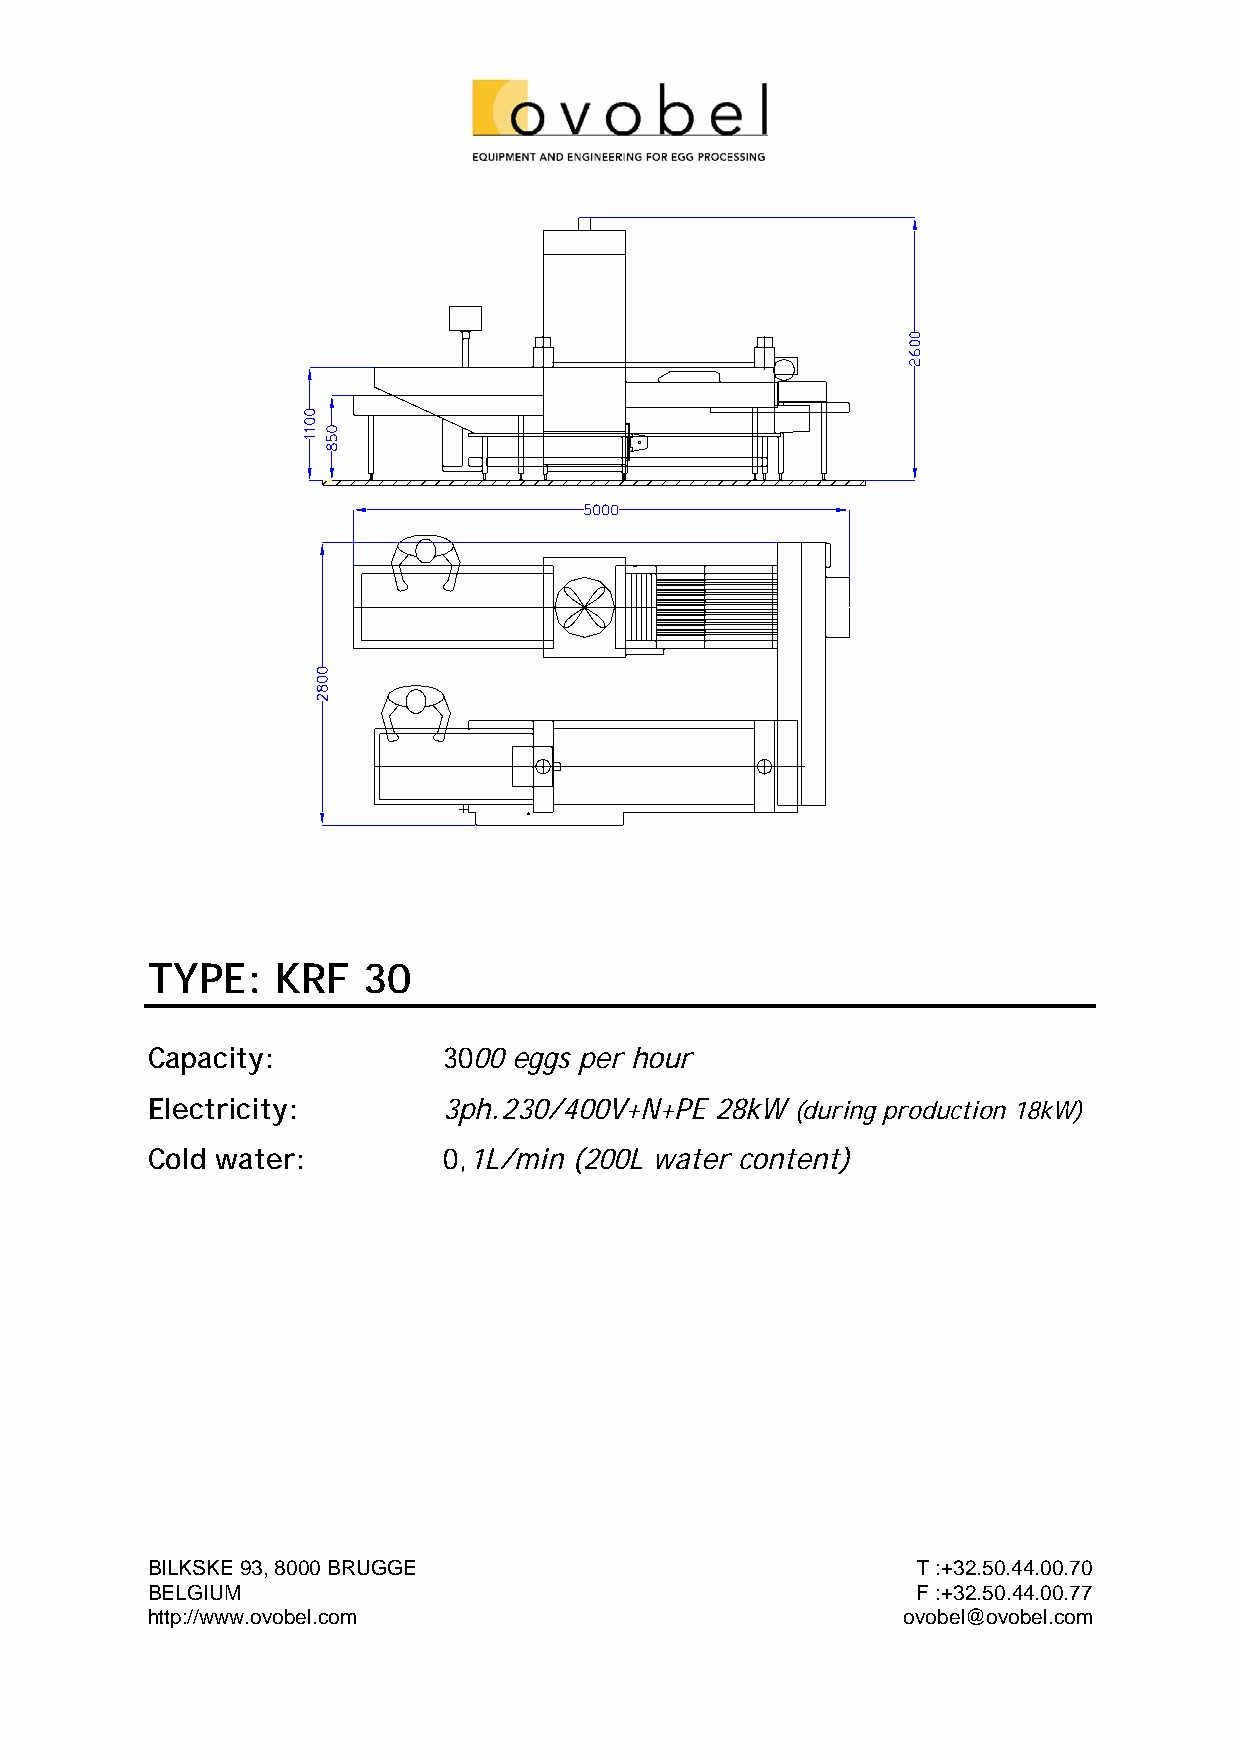
TYPE:   KRF   30
 Capacity:          3000 eggs per hour
 Electricity:       3ph.230/400V+N+PE 28kW  (during production 18kW)
 Cold water:        0,1L/min (200L water content)
 BILKSKE 93, 8000 BRUGGE                            T :+32.50.44.00.70
 BELGIUM                                            F :+32.50.44.00.77
 http://www.ovobel.com                             ovobel@ovobel.com